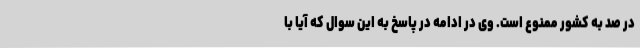
در صد به کشور ممنوع است. وی در ادامه در پاسخ به این سوال که آیا با